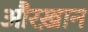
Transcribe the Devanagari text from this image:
औरख़ान